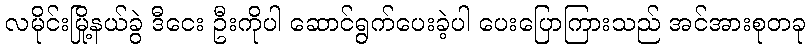
လမိုင်းမြို့နယ်ခွဲ ဒီငေး ဦးကိုပါ ဆောင်ရွက်ပေးခဲ့ပါ ပေးပြောကြားသည် အင်အားစုတခု